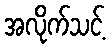
အလိုက်သင့်